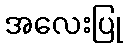
အလေးပြု